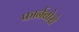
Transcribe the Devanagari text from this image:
फार्नबोरो